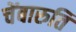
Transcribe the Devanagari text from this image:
चेंबारुति